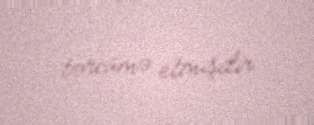
tərcümə etmişdir.